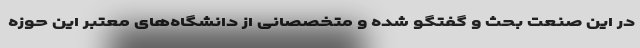
در این صنعت بحث و گفتگو شده و متخصصانی از دانشگاه‌های معتبر این حوزه